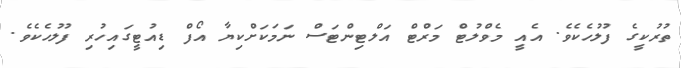
ތުރުކީގެ ފުލުހެކެވެ. އެއީ މެވްލުޓް މަރްޓް އަލްޓިންޓަސް ނަމަކަށްކިޔާ އޯފް ޑިއުޓީގައިހުރި ފުލުހެކެވެ.